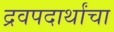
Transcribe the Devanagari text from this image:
द्रवपदार्थांचा